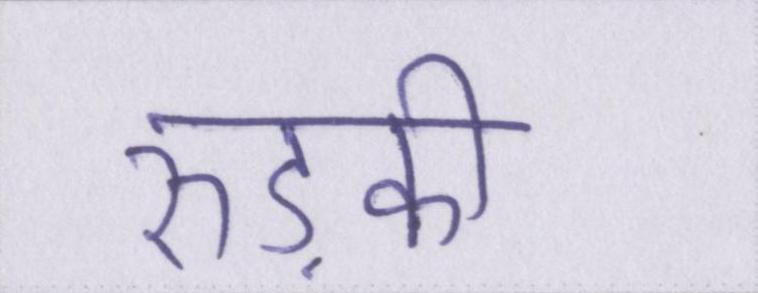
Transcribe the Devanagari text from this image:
रुड़की